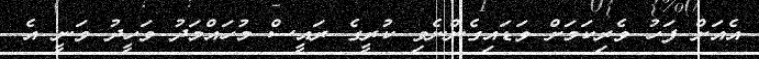
އެއަށް ފަހު ވެރިކަމަށް ވަޑައިގެންނެވި ކުރީގެ ރައީސް މުހައްމަދު ވަހީދު ވަނީ އެ